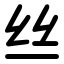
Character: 丝